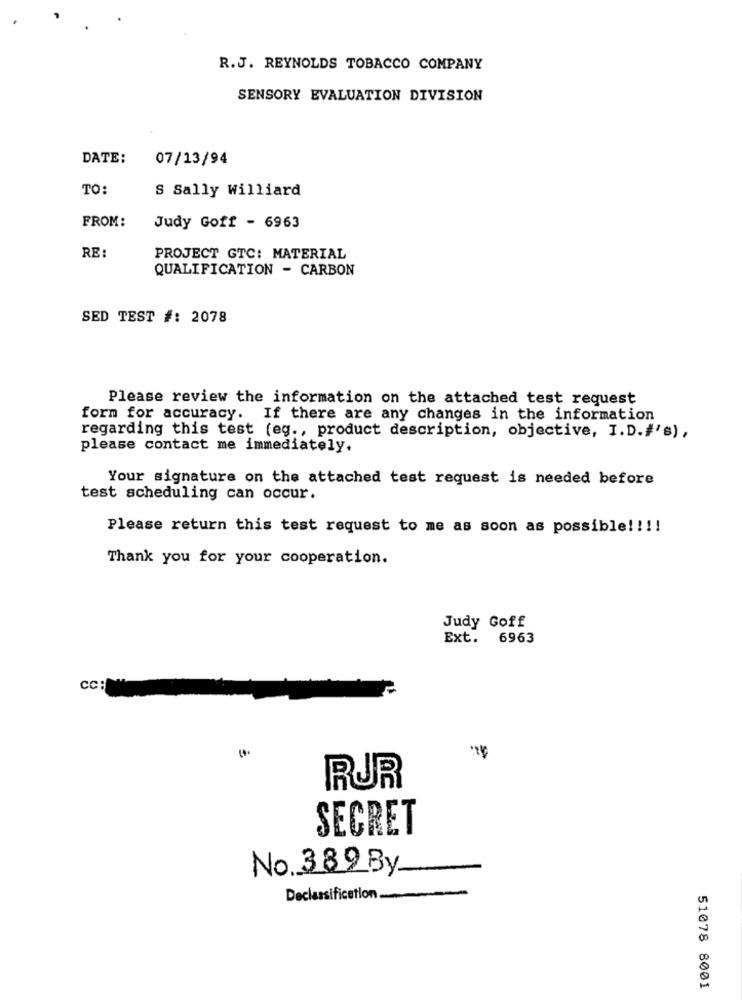
R.J. REYNOLDS TOBACCO COMPANY
SENSORY EVALUATION DIVISION
DATE:
07/13/94
TO:
S Sally Williard
FROM:
Judy Goff - 6963
RE:
PROJECT GTC: MATERIAL
QUALIFICATION - CARBON
SED TEST #: 2078
Please review the information on the attached test request
form for accuracy. If there are any changes in the information
regarding this test (eg ., product description, objective, I.D.#'s),
please contact me immediately.
Your signature on the attached test request is needed before
test scheduling can occur.
Please return this test request to me as soon as possible! !!!
Thank you for your cooperation.
Judy Goff
Ext. 6963
cc:
RUR
SECRET
No.389By
Declassification
51078 8001